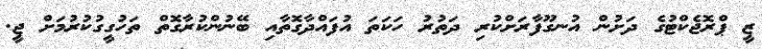
ޒީ ޕްރޮޖެކްޓުގެ ދަށުން އުނގޫފާރަށްކުރި ދަތުރު ހަކަތަ އުފައްދާގޮތާއި ބޭނުންކުރާގޮތް ތަހުގީގުކުރުމަށް ޖީ.